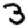
Digit: 3